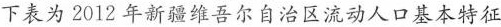
下表为2012年新疆维吾尔自治区流动人口基本特征